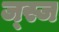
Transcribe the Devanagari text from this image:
ज्स्ज